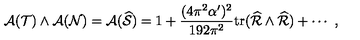
{ { \cal A } } ( { \cal T } ) \wedge { { \cal A } } ( { \cal N } ) = { { \cal A } } ( { \widehat { \cal S } } ) = 1 + { \frac { ( 4 \pi ^ { 2 } \alpha ^ { \prime } ) ^ { 2 } } { 1 9 2 \pi ^ { 2 } } } \mathrm { t r } ( { \widehat { \cal R } } \wedge { \widehat { \cal R } } ) + \cdots \ ,